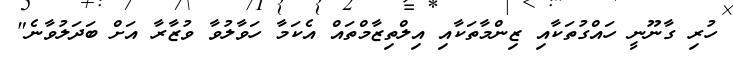
ހުރި ގާނޫނީ ހައްގުތަކާއި ޒިންމާތަކާއި އިލްތިޒާމްތައް އެކަމާ ހަވާލުވާ ވުޒާރާ އަށް ބަދަލުވާނެ"